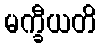
မက္ခီယတိ